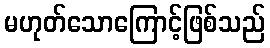
မဟုတ်သောကြောင့်ဖြစ်သည်